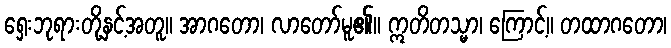
ရှေးဘုရားတို့နှင့်အတူ။ အာဂတော၊ လာတော်မူ၏။ ဣတိတသ္မာ၊ ကြောင့်။ တထာဂတော၊